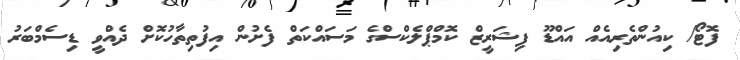
ފޮޓޯ/ ކިއުންތެރިއެއް އައްޑޫ ފިޝަރީޒް ކޮމްޕްލެކްސްގެ މަސައްކަތް ފެށުން އިފުތިތާހުކޮށް ދެއްވީ ޑިސެމްބަރު